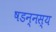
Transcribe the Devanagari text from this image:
षडन्नस्य